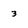
Character: 3